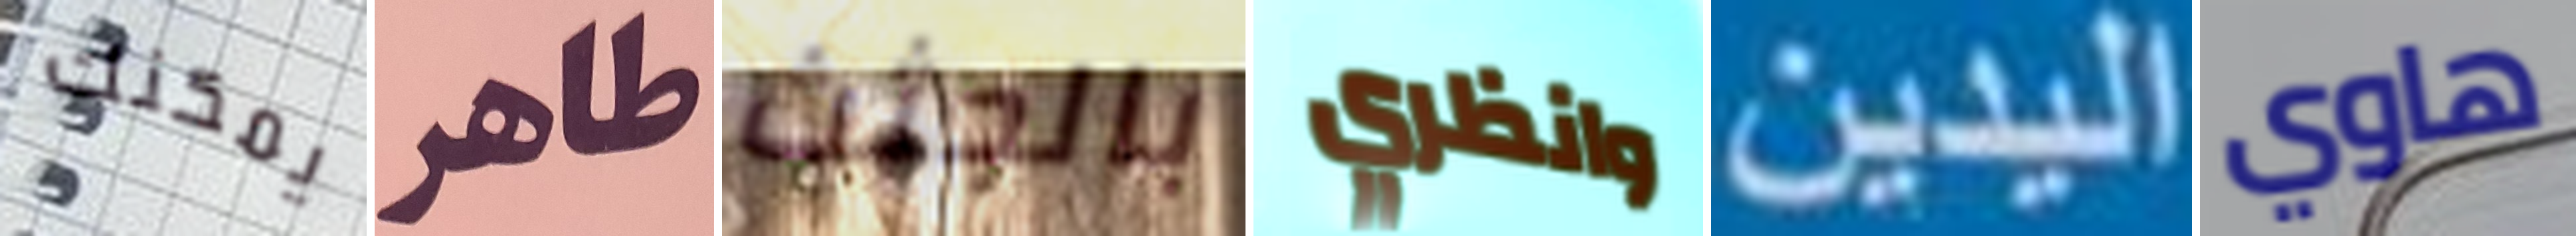
يمكنك طاهر بالجثث وانظري اليدين هاوي